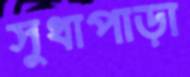
সুধাপাড়া